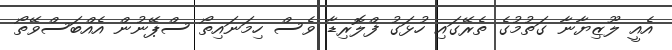
އެއީ ލޫޒިޔާނާ ގަތުމުގެ ތެރޭގައި ހުޅަގު ފްލޮރިޑާ ވެސް ހިމަނައިތޯ ސްޕޭނުން އެއްބަސްވޭތޯ